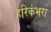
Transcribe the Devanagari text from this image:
हरिकंभरा